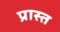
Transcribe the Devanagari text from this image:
प्रास्त